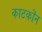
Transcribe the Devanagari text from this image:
काटकॊन